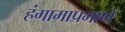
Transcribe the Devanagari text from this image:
हंगामाप्रमाणे